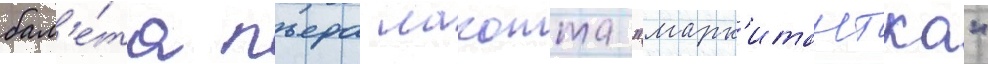
бал'е́та пьера лакотта "марк'итантка"